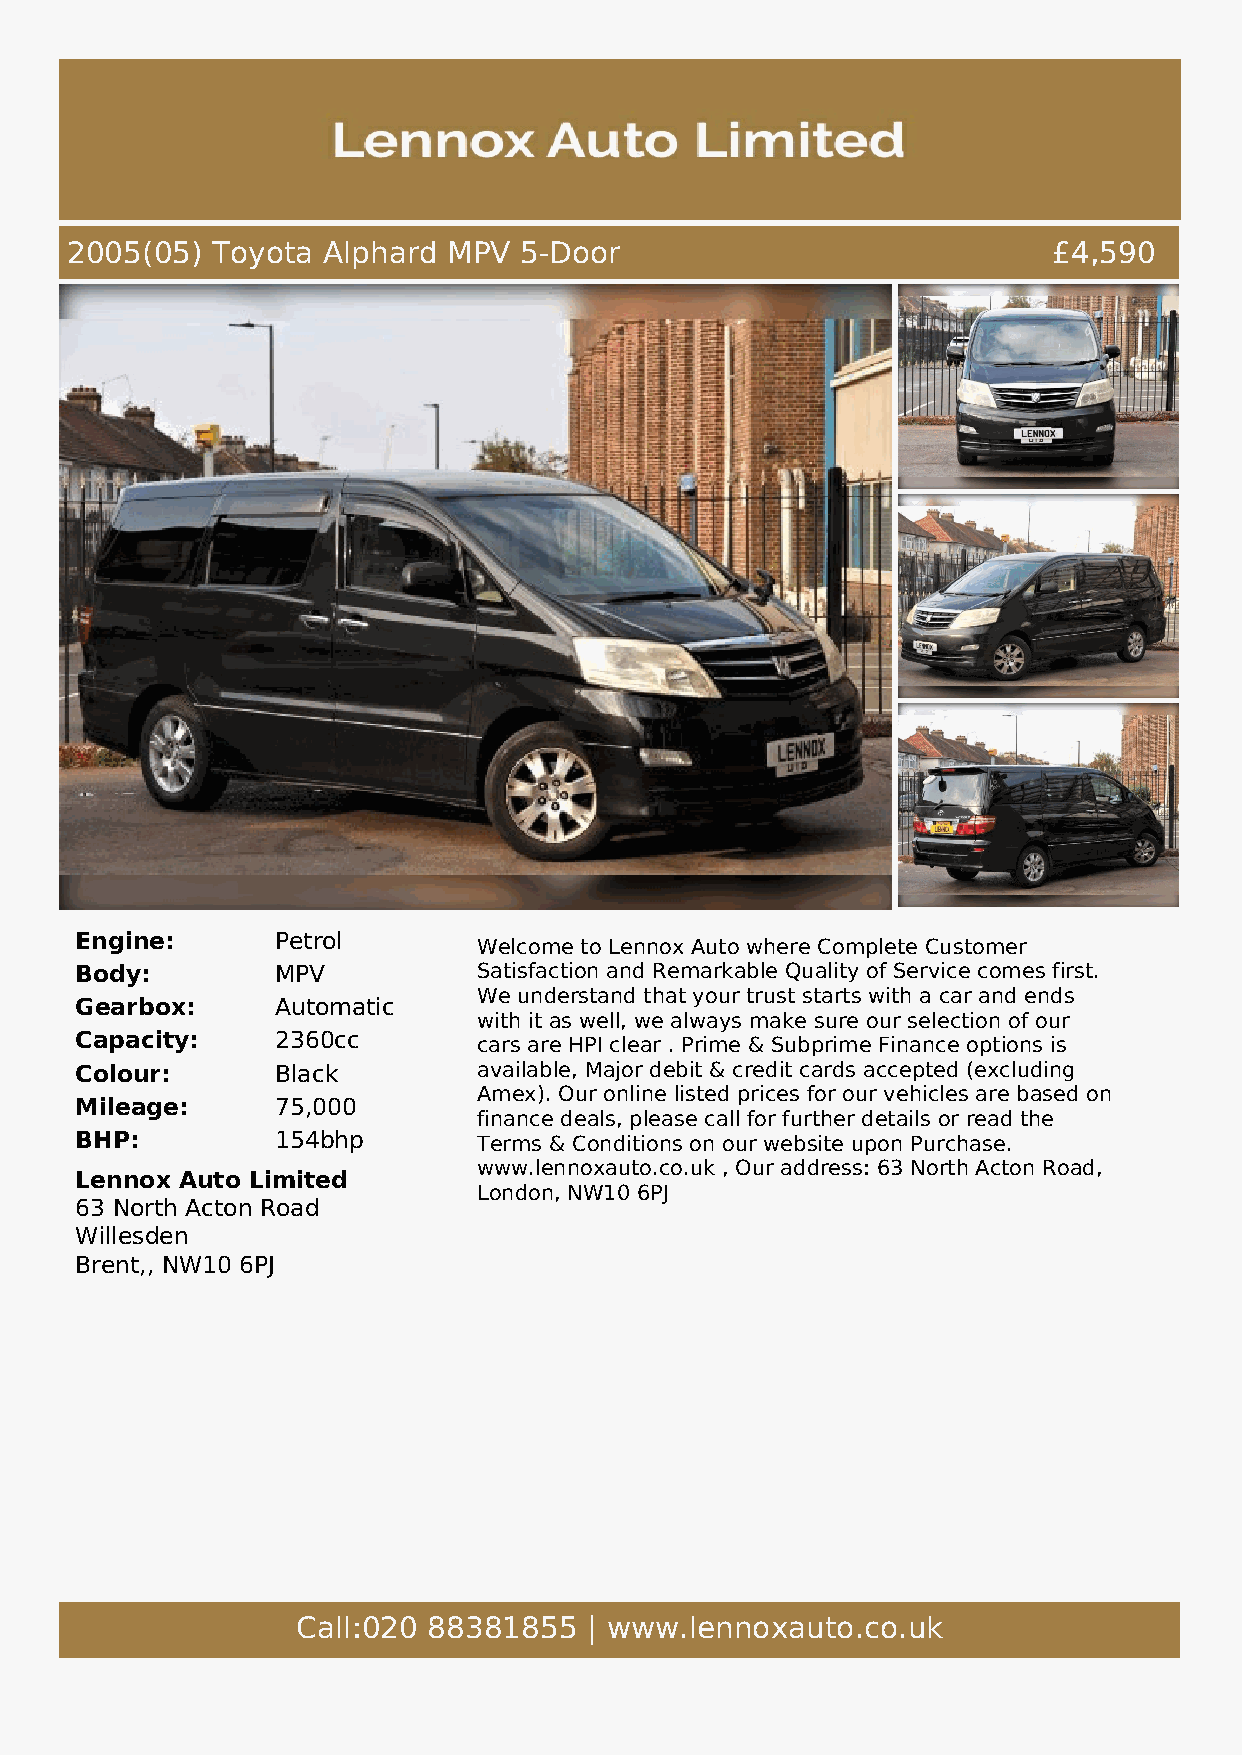
2005(05)  Toyota Alphard  MPV 5-Door                              £4,590
 Engine:      Petrol
 Welcome to Lennox Auto where Complete Customer
 Body:        MPV           Satisfaction and Remarkable Quality of Service comes first.
 We understand that your trust starts with a car and ends
 Gearbox:     Automatic
 with it as well, we always make sure our selection of our
 Capacity:    2360cc        cars are HPI clear . Prime & Subprime Finance options is
 Colour:      Black         available, Major debit & credit cards accepted (excluding
 Amex). Our online listed prices for our vehicles are based on
 Mileage:     75,000
 finance deals, please call for further details or read the
 BHP:         154bhp        Terms & Conditions on our website upon Purchase.
 www.lennoxauto.co.uk , Our address: 63 North Acton Road,
 Lennox Auto Limited
 London, NW10 6PJ
 63 North Acton Road
 Willesden
 Brent,, NW10 6PJ
 Call:020 88381855  | www.lennoxauto.co.uk